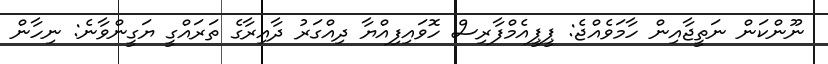
ނޫންކަން ނަތީޖާއިން ހާމަވެއްޖެ: ޕީޕީއެމްފާރިސް ހޮވައިފިއްޔާ ދިއްގަރު ދާއިރާގެ ތަރައްގީ ޔަގީންވާނެ: ނިހާން